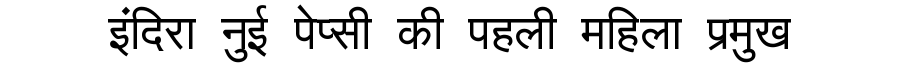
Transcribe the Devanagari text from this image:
इंदिरा नुई पेप्सी की पहली महिला प्रमुख